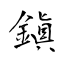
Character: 鎭